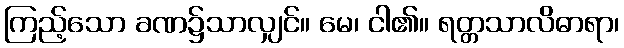
ကြည့်သော ခဏ၌သာလျှင်။ မေ၊ ငါ၏။ ရတ္တသာလိဓာရာ၊